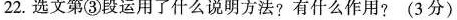
22.选文第③段运用了什么说明方法?有什么作用?(3分)